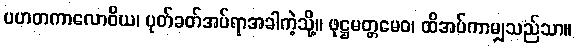
ပဟတကာလောဝိယ၊ ပုတ်ခတ်အပ်ရာအခါကဲ့သို့။ ဖုဋ္ဌမတ္တမေဝ၊ ထိအပ်ကာမျှသည်သာ။